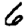
Digit: 6